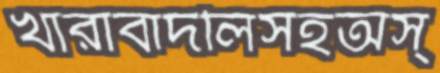
খারাবাদলিসহঅস্